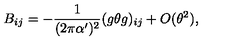
B _ { i j } = - \frac { 1 } { ( 2 \pi \alpha ^ { \prime } ) ^ { 2 } } ( g \theta g ) _ { i j } + O ( \theta ^ { 2 } ) ,